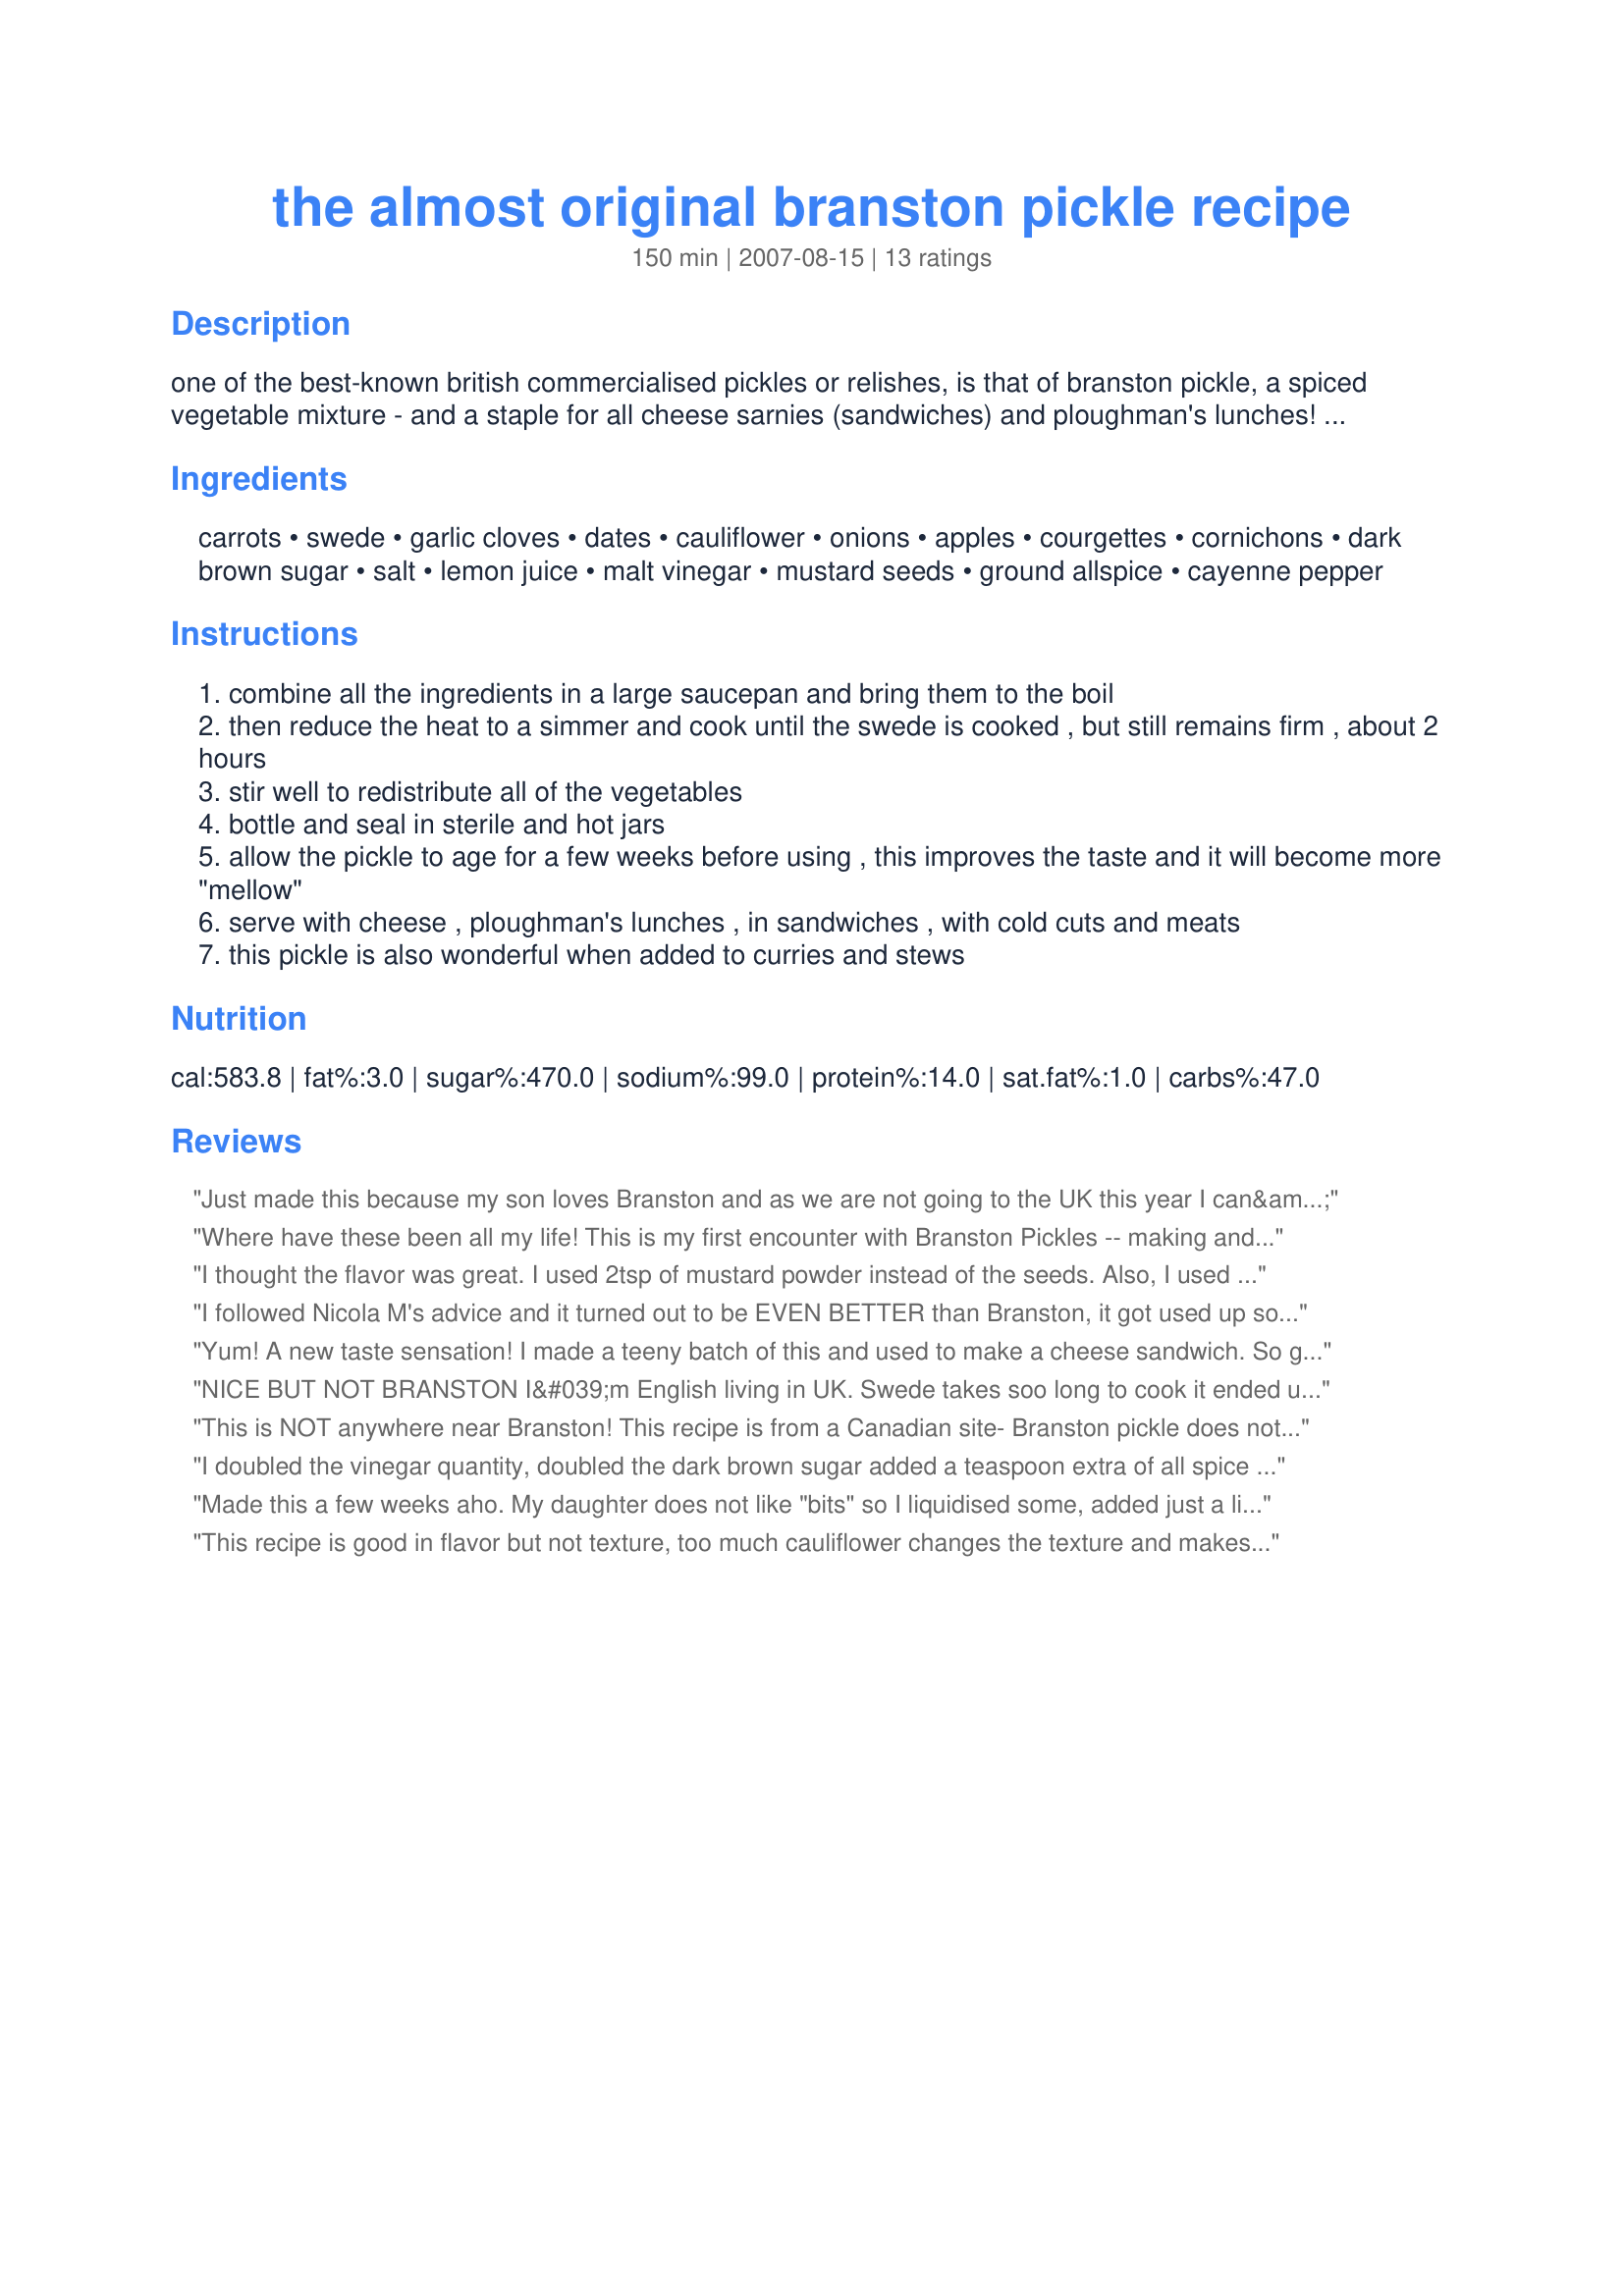
the almost original branston pickle recipe
Preparation time: 150 minutes

one of the best-known british commercialised pickles or relishes, is that of branston pickle, a spiced vegetable mixture - and a staple for all cheese sarnies (sandwiches) and ploughman's lunches! there are many generic brands on the market now, but this is the closest set of ingredients and the most authentic taste, compared with the original branston pickle recipe! branston pickle is wonderful when added to curries and stews, and you must try it with toasted cheese or welsh rarebit - delicious!

Ingredients:
carrots, swede, garlic cloves, dates, cauliflower, onions, apples, courgettes, cornichons, dark brown sugar, salt, lemon juice, malt vinegar, mustard seeds, ground allspice, cayenne pepper

Steps:
combine all the ingredients in a large saucepan and bring them to the boil
then reduce the heat to a simmer and cook until the swede is cooked , but still remains firm , about 2 hours
stir well to redistribute all of the vegetables
bottle and seal in sterile and hot jars
allow the pickle to age for a few weeks before using , this improves the taste and it will become more "mellow"
serve with cheese , ploughman's lunches , in sandwiches , with cold cuts and meats
this pickle is also wonderful when added to curries and stews

Reviews:
Just made this because my son loves Branston and as we are not going to the UK this year I can&#039;t stock up on anything.
The taste is great - although not really like Branston. I&#039;d say it tastes more like the stuff they used to sell in Lidl a few years ago (meanwhile they stock a different brand) which I liked better anyway.
But it does not look anywhere near Branston or other pickle as it is very light in color. I don&#039;t know if it will darken a bit while it is stored but right now it reminds me a bit of the apple jam I made last summer. I need to make sure I label the jars properly ;-)
The texture is different to Branston (and other pickle) but that&#039;s mainly because I did not want to spent hours chopping and dicing veggies - I rather put everything in my thermomix. It was to much to cook in there, though. But if my son likes it and I have to make it again I will change the amount to make it fit in my TM5
Where have these been all my life! This is my first encounter with Branston Pickles -- making and eating -- and they are delicious. So easy-to-make and with a perfect sourness. Made as written, yielding five one-pound jars of luxury. Still thinking about whether I will be generous and share any. Thanks FT for a winner!
I thought the flavor was great. I used 2tsp of mustard powder instead of the seeds. Also, I used 2 tsp of cayenne pepper which gave it an unauthentic but nice amount of heat. I also used 4 tbsp of corn starch, mixed with a little cold water, and added at the end of the simmer to thicken it properly. It made just about 5 pint jars, and I processed them for 10 minutes in boiling water.
I followed Nicola M's advice and it turned out to be EVEN BETTER than Branston, it got used up so,quickly, I a am now making my second batch of triple the Quantity!!!!! Ali.
Yum! A new taste sensation! I made a teeny batch of this and used to make a cheese sandwich. So good! Thanks! Made for the British Virtual Tour. :)
NICE BUT NOT BRANSTON
I&#039;m English living in UK. Swede takes soo long to cook it ended up dry. Branstons has plenty of dark brown vinegary liquid on side by side tasting. Think that recipe needs needs: Swede diced small; double amount of vinegar; treacle/molasses for colour; cornflour if necessary if too runny next time; tempted to add Worcester or Hendersons (yorkshire equivalent) sauce.
This is NOT anywhere near Branston! This recipe is from a Canadian site- Branston pickle does not have cauliflower, zucchini or some of the other ingredients in this AWFUL concoction.
I doubled the vinegar quantity, doubled the dark brown sugar added a teaspoon extra of all spice and cut the veg small, approx 7mm square pieces. It has worked well and is a fair representation of Branston. Also used a little cornflour to thicken. If you follow the the recipe it will be too dry to be authentic.
Made this a few weeks aho. My daughter does not like "bits" so I liquidised some, added just a little beef stock to make it pour easier and had a very good brown sauce.
This recipe is good in flavor but not texture, too much cauliflower changes the texture and makes it look different to Branston. There are also small bitty bits in this sauce, mustard seeds? Mustard powder is what I will use next time. The Branston I know consists of individual pieces of veg with a SMOOTH rich sweet vinegary sauce.
I am English (living in California) and love, love, love cheese and pickle sandwiches so when I found a recipe for Branston Pickle - I was really happy, the imported stuff being so expensive! I halved the recipe for a test batch and perhaps this was unwise because who is to say what half a small cauli looks like? I used my best judgement (having made countless jams, relishes and jars of chutney) and must have been really off because there just was no liquid at all to bring to the boil. So I doubled the liquid ingredients, added about 4 cups of water and it kind of worked. I used the browning liquid kitchen bouquet to try and get the finished product looking a bit more branston-y and it did, kinda. Does it taste like pickle? Kinda. Would my husband recognize it as pickle if I didn't tell him what it was called? Nope! It tastes nice, but NOT anything on a par with the real Branston. I may try it again, but as malt vinegar is really expensive, and the kitchen bouquet is really expensive I may just give up and buy the real thing.
This is great! I added lots (3pts) of water while it cooked for 2 hours. Doubling the quantities I found it took at least an hour or 1.5hrs of chopping prep - I prefer chopped fine as per the original. I also added cornflour at the end to thicken - in hindsight probably a mistake as the final result is not as "juicy" as I'd like. Next time I intend to increase the amount of sugar (+3oz?) and the amount of malt vinegar (+3 cups?) - I generally don't like sauces too sweet but think the original is a mix of stronger sweet and tart. Ta French tart!
From the Branston site: the original label! Ingredients Vegetables in Variable Proportions (54%) (Carrot, Rutabaga, Onion, Cauliflower, *Marrow (* or as in the recipe here courgettes are a type of summer squash), Gherkin), Sugar, Barley Malt Vinegar, Water, Spirit Vinegar, Modified Maize Starch, Date Paste (Dates, Rice Flour), Apple Pulp (Apple, Preservative: Sodium Metabisulphite), Salt, Tomato Paste, Dried Spices, Lemon Juice Concentrate, Onion Powder, Colour (Sulphite Ammonia Caramel), Flavouring.
